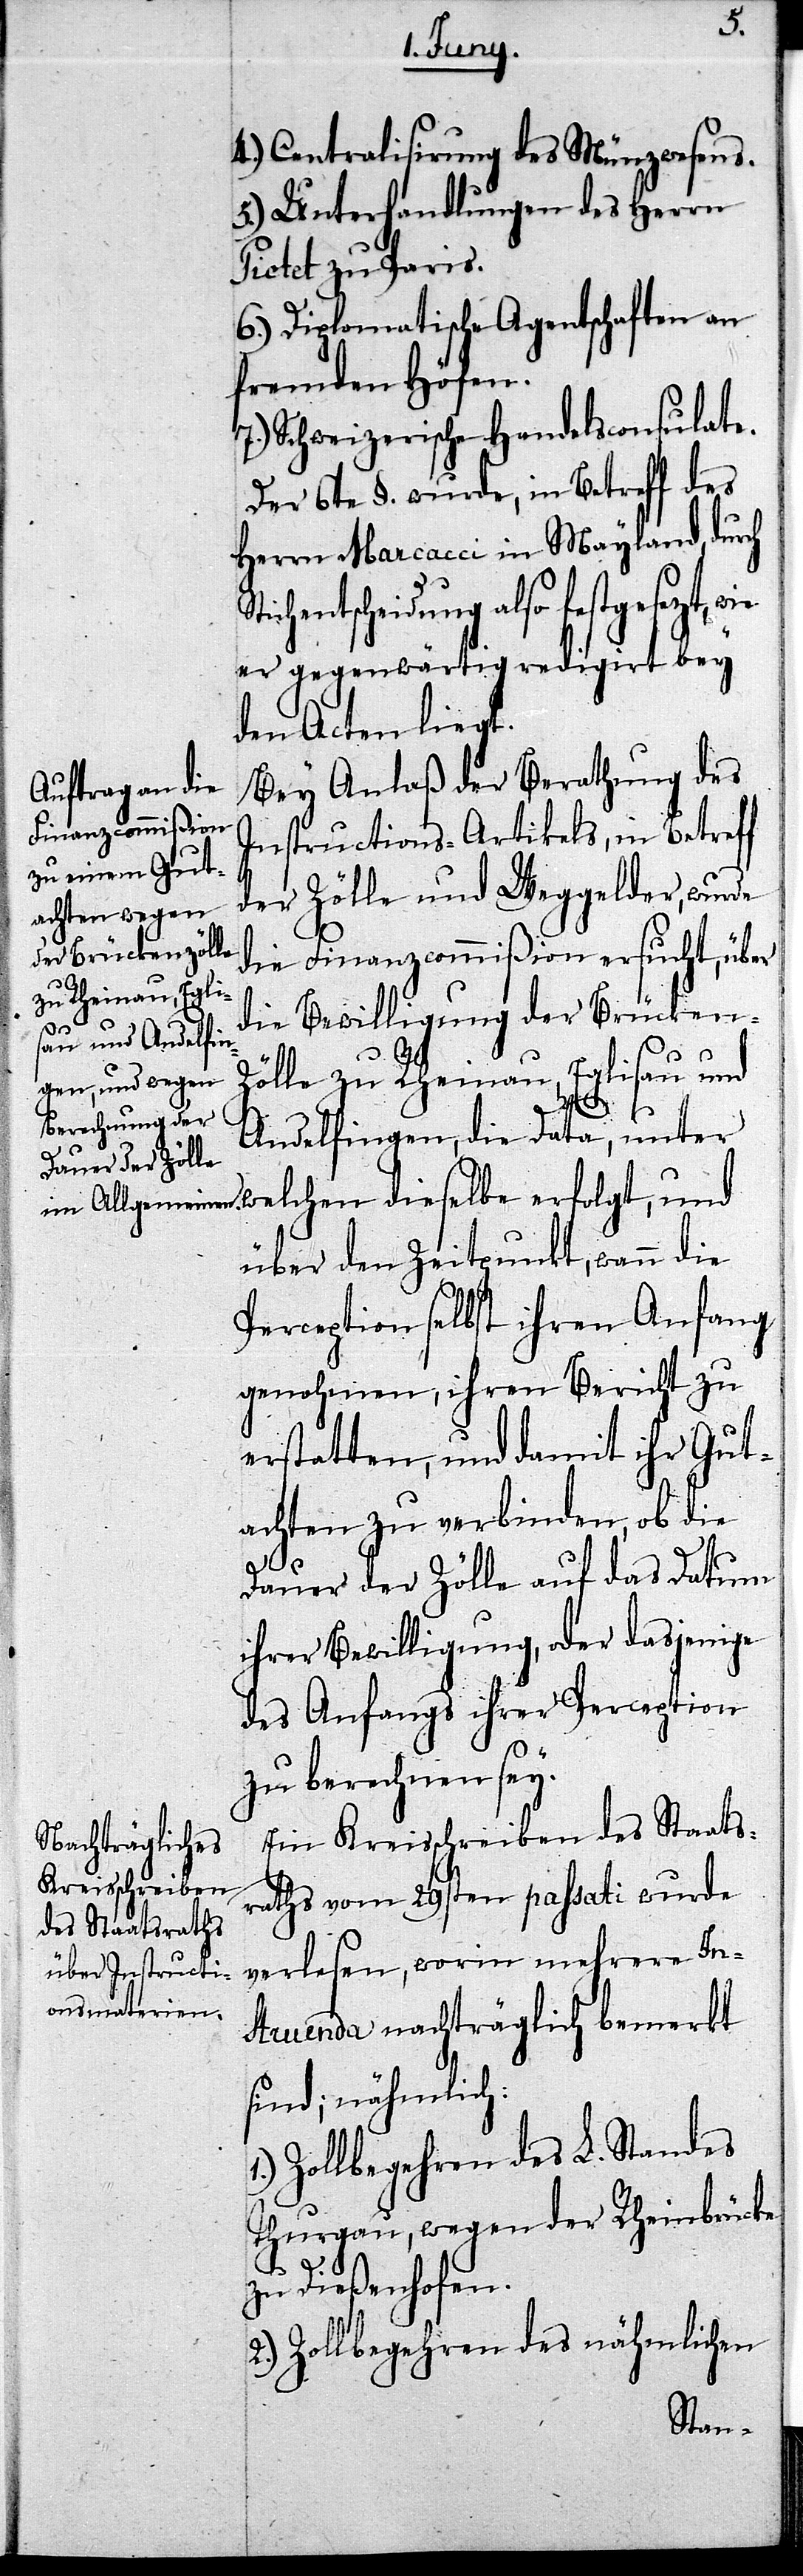
4.) Centralisirung des Münzwesens.
5.) Unterhandlungen des Herrn
Pictet zu Paris.
6.) Diplomatische Agentschaften an
fremden Höfen.
7.) Schweizerische Handelsconsulate.
Der 6te §. wurde, in Betreff des
Herrn Marcacci in Mayland, durch
welchen dieselbe erfolgt,
er gegenwärtig redigirt bey
den Acten liegt.
Bey Anlaß der Berathung des
Instructions-Artikels, in Betreff
der Zölle und Weggelder, wurde
die Finanzcommißion ersucht, über
die Bewilligung der Brücken¬
zölle zu Rheinau, Eglisau und
Andelfingen, die Data, unter
über den Zeitpunkt, wann die
Perception selbst ihren Anfang
genohmen, ihren Bericht zu
erstatten, und damit ihr Gut¬
achten zu verbinden, ob die
Dauer der Zölle auf das Datum
ihrer Bewilligung, oder dasjenige
des Anfangs ihrer Perception
zu berechnen sey.
Ein Kreisschreiben des Staats¬
raths vom 29sten passati wurde
verlesen, worin mehrere In¬
struenda nachträglich bemerkt
sind; nähmlich:
Zollbegehren des L. Standes
Thurgau, wegen der Rheinbrücke
zu Dießenhofen.
2.) Zollbegehren des nähmlichen
St¬